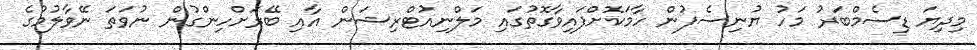
މިދިޔަ ޑިސެމްބަރު މަހު ޔުނިސެފުން ހާމަކޮށްފައިވާގޮތުގައި މަލްނިއުޓްރިޝަން އާއި ބޭރަށްހިންގުން ނުވަތަ ނޭވާލުމުގެ